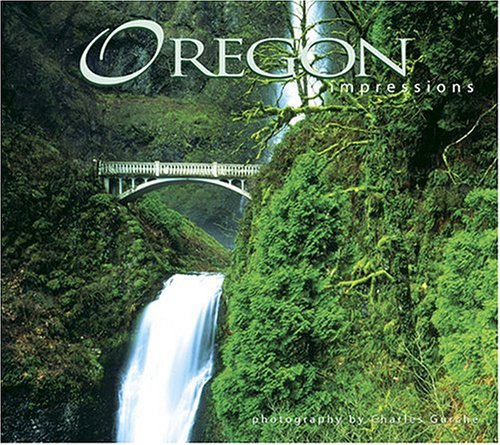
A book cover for Oregon Impressions; photography by Charles Gurche; Travel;